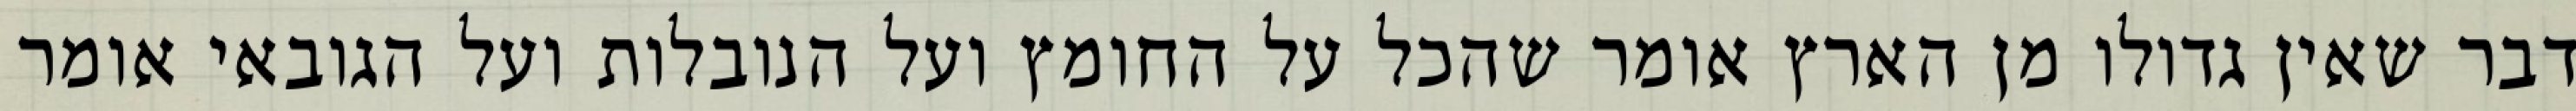
דבר שאין גדולו מן הארץ אומר שהכל על החומץ ועל הנובלות ועל הגובאי אומר